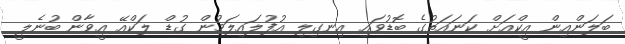
ބަލަންއިން އީކްއަށް ކަނައަތުގެ ބޮޑުވައި އިނގިލި އުފުލައިލަމުން ގުޑް ލަކްއޭ އީވާން ބުނެލީ